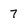
Character: 7